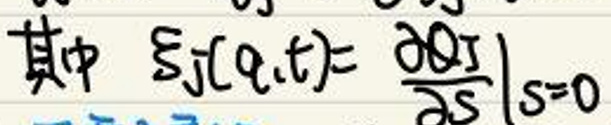
其中\(\xi(q,t)=\frac{\partial \Omega}{\partial S}|_{S = 0}\)